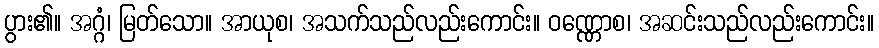
ပွား၏။ အဂ္ဂံ၊ မြတ်သော။ အာယုစ၊ အသက်သည်လည်းကောင်း။ ဝဏ္ဏောစ၊ အဆင်းသည်လည်းကောင်း။